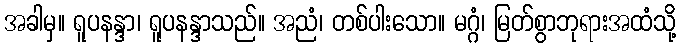
အခါမှ။ ရူပနန္ဒာ၊ ရူပနန္ဒာသည်။ အညံ၊ တစ်ပါးသော။ မဂ္ဂံ၊ မြတ်စွာဘုရားအထံသို့